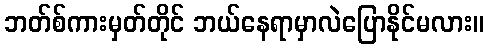
ဘတ်စ်ကားမှတ်တိုင် ဘယ်နေရာမှာလဲပြောနိုင်မလား။